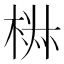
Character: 𣓙